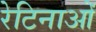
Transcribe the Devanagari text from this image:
रेटिनाओं